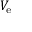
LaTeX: V _ { \mathrm { e } }